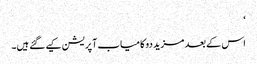
‘
اس کے بعد مزید دو کامیاب آپریشن کیے گئے ہیں۔